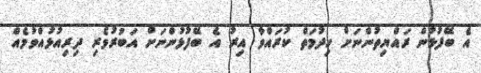
އެ ބޭފުޅުން ރައްޔިތުންނަށް ހިދުމަތް ކުރައްވާ އިރު އެ ބޭފުޅުންނަށް އަބުރުވެރި ދިރިއުޅުއްވުމެއް